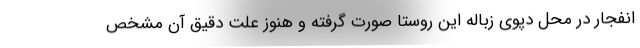
انفجار در محل دپوی زباله این روستا صورت گرفته و هنوز علت دقیق آن مشخص